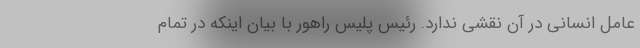
عامل انسانی در آن نقشی ندارد. رئیس پلیس راهور با بیان اینکه در تمام